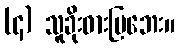
(၄) သူခိုးဓားပြဘေး။